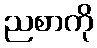
ညစာကို